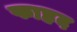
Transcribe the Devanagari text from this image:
फाहद